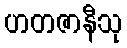
ဟတဇာနီသု